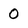
Character: 0